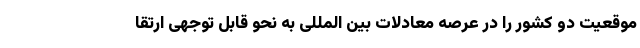
موقعیت دو کشور را در عرصه معادلات بین المللی به نحو قابل توجهی ارتقا